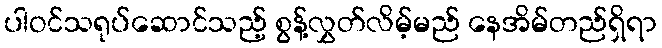
ပါဝင်သရုပ်ဆောင်သည့် စွန့်လွှတ်လိမ့်မည် နေအိမ်တည်ရှိရာ